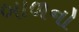
બાળનો